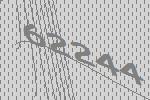
62244